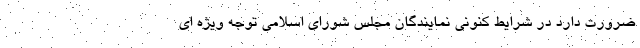
ضرورت دارد در شرایط کنونی نمايندگان مجلس شورای اسلامی توجه ويژه ای